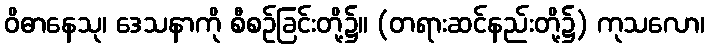
ဝိဓာနေသု၊ ဒေသနာကို စီစဉ်ခြင်းတို့၌။ (တရားဆင်နည်းတို့၌) ကုသလော၊